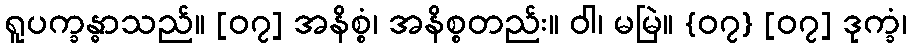
ရူပက္ခန္ဓာသည်။ [၀၇] အနိစ္စံ၊ အနိစ္စတည်း။ ဝါ၊ မမြဲ။ {၀၇} [၀၇] ဒုက္ခံ၊